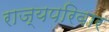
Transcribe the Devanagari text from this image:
राज्यपरिवार